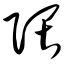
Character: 隈